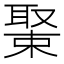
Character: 𦖰